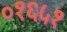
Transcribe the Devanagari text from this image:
०१६५१